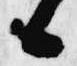
候